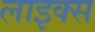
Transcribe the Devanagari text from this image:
लाइक्स